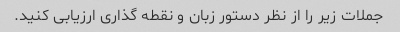
جملات زیر را از نظر دستور زبان و نقطه گذاری ارزیابی کنید.